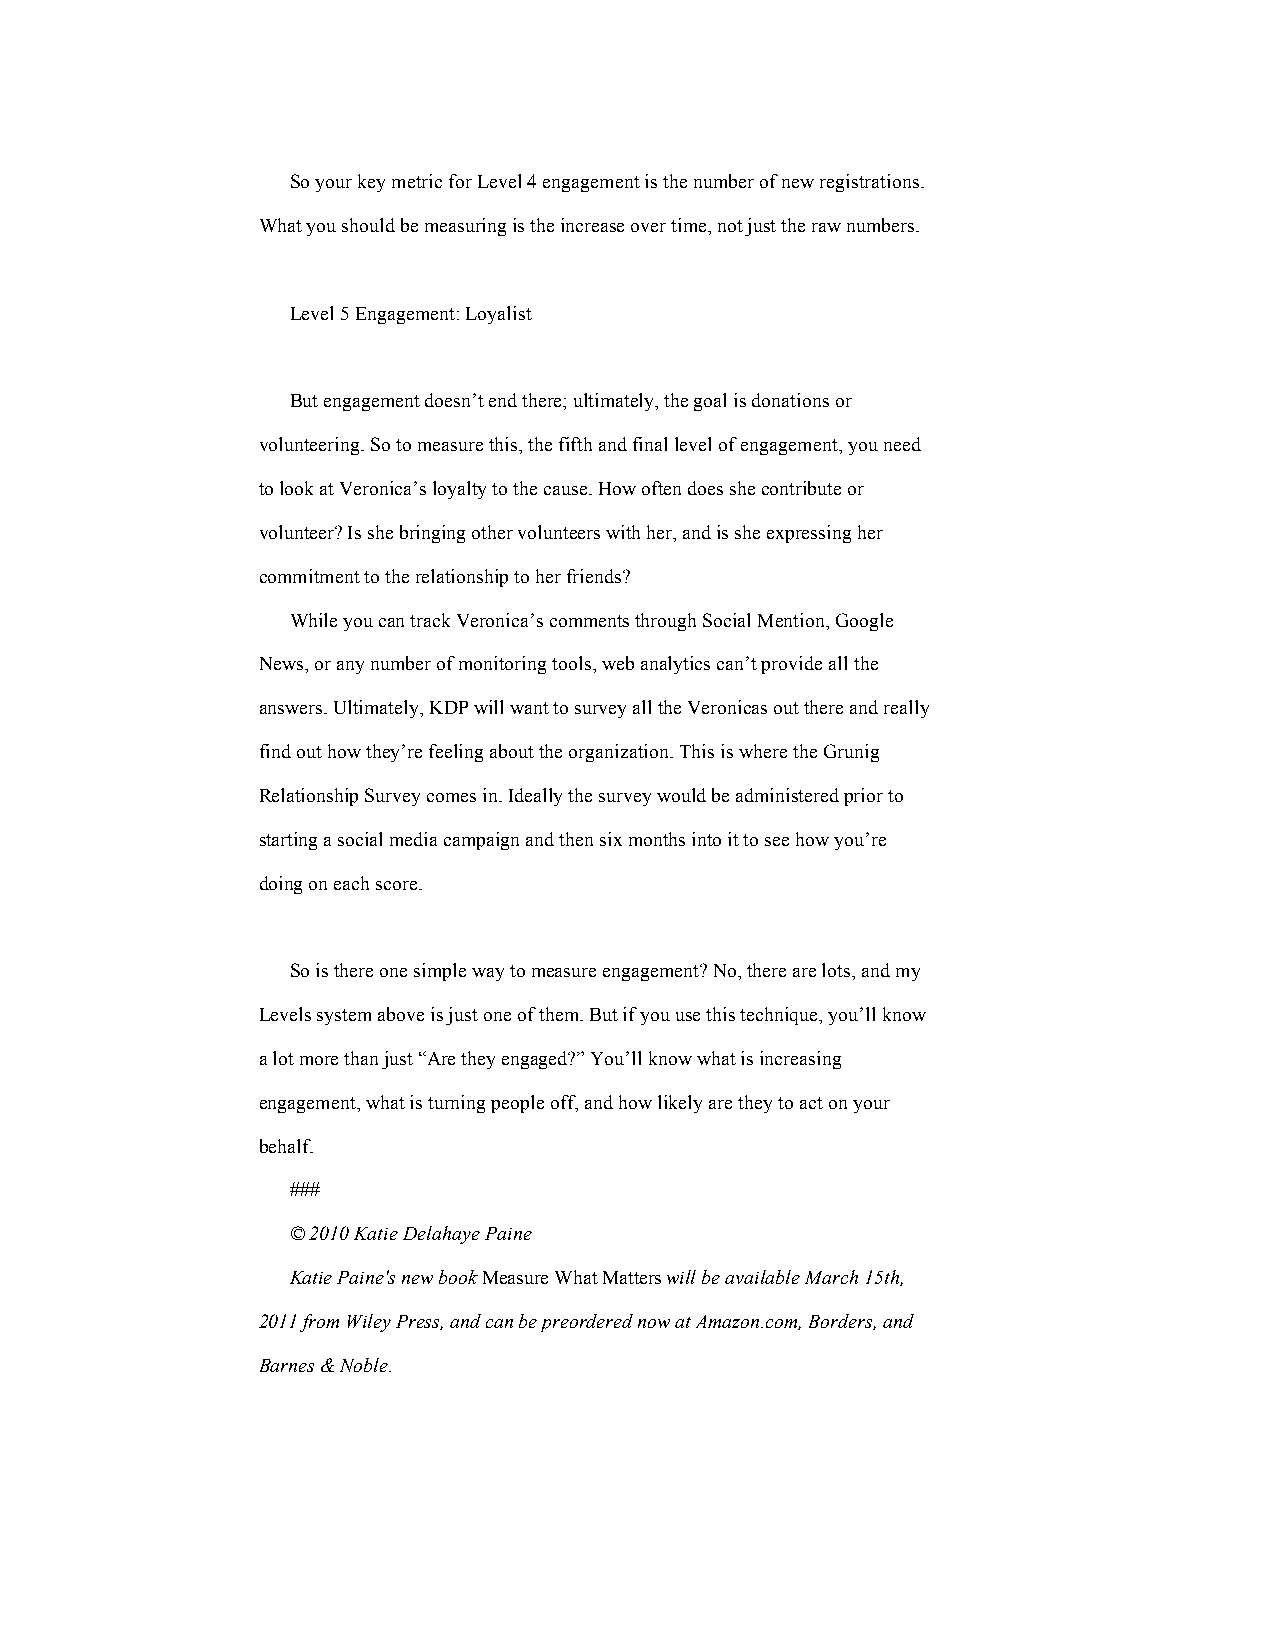
So your key metric for Level 4 engagement is the number of new registrations.
 What you should be measuring is the increase over time, not just the raw numbers.
 Level 5 Engagement: Loyalist
 But engagement doesn’t end there; ultimately, the goal is donations or
 volunteering. So to measure this, the fifth and final level of engagement, you need
 to look at Veronica’s loyalty to the cause. How often does she contribute or
 volunteer? Is she bringing other volunteers with her, and is she expressing her
 commitment to the relationship to her friends?
 While you can track Veronica’s comments through Social Mention, Google
 News, or any number of monitoring tools, web analytics can’t provide all the
 answers. Ultimately, KDP will want to survey all the Veronicas out there and really
 find out how they’re feeling about the organization. This is where the Grunig
 Relationship Survey comes in. Ideally the survey would be administered prior to
 starting a social media campaign and then six months into it to see how you’re
 doing on each score.
 So is there one simple way to measure engagement? No, there are lots, and my
 Levels system above is just one of them. But if you use this technique, you’ll know
 a lot more than just “Are they engaged?” You’ll know what is increasing
 engagement, what is turning people off, and how likely are they to act on your
 behalf.
 ###
 © 2010 Katie Delahaye Paine
 Katie Paine's new book Measure What Matters will be available March 15th,
 2011 from Wiley Press, and can be preordered now at Amazon.com, Borders, and
 Barnes & Noble.